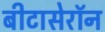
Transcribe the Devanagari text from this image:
बीटासेरॉन